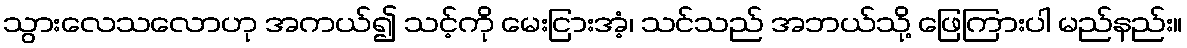
သွားလေသလောဟု အကယ်၍ သင့်ကို မေးငြားအံ့၊ သင်သည် အဘယ်သို့ ဖြေကြားပါ မည်နည်း။